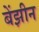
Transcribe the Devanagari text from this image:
बेंझीन